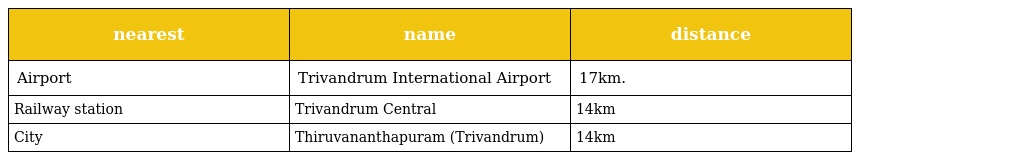
| nearest | name | distance |
 | --- | --- | --- |
 | Airport | Trivandrum International Airport | 17km. |
 | Railway station | Trivandrum Central | 14km |
 | City | Thiruvananthapuram (Trivandrum) | 14km |